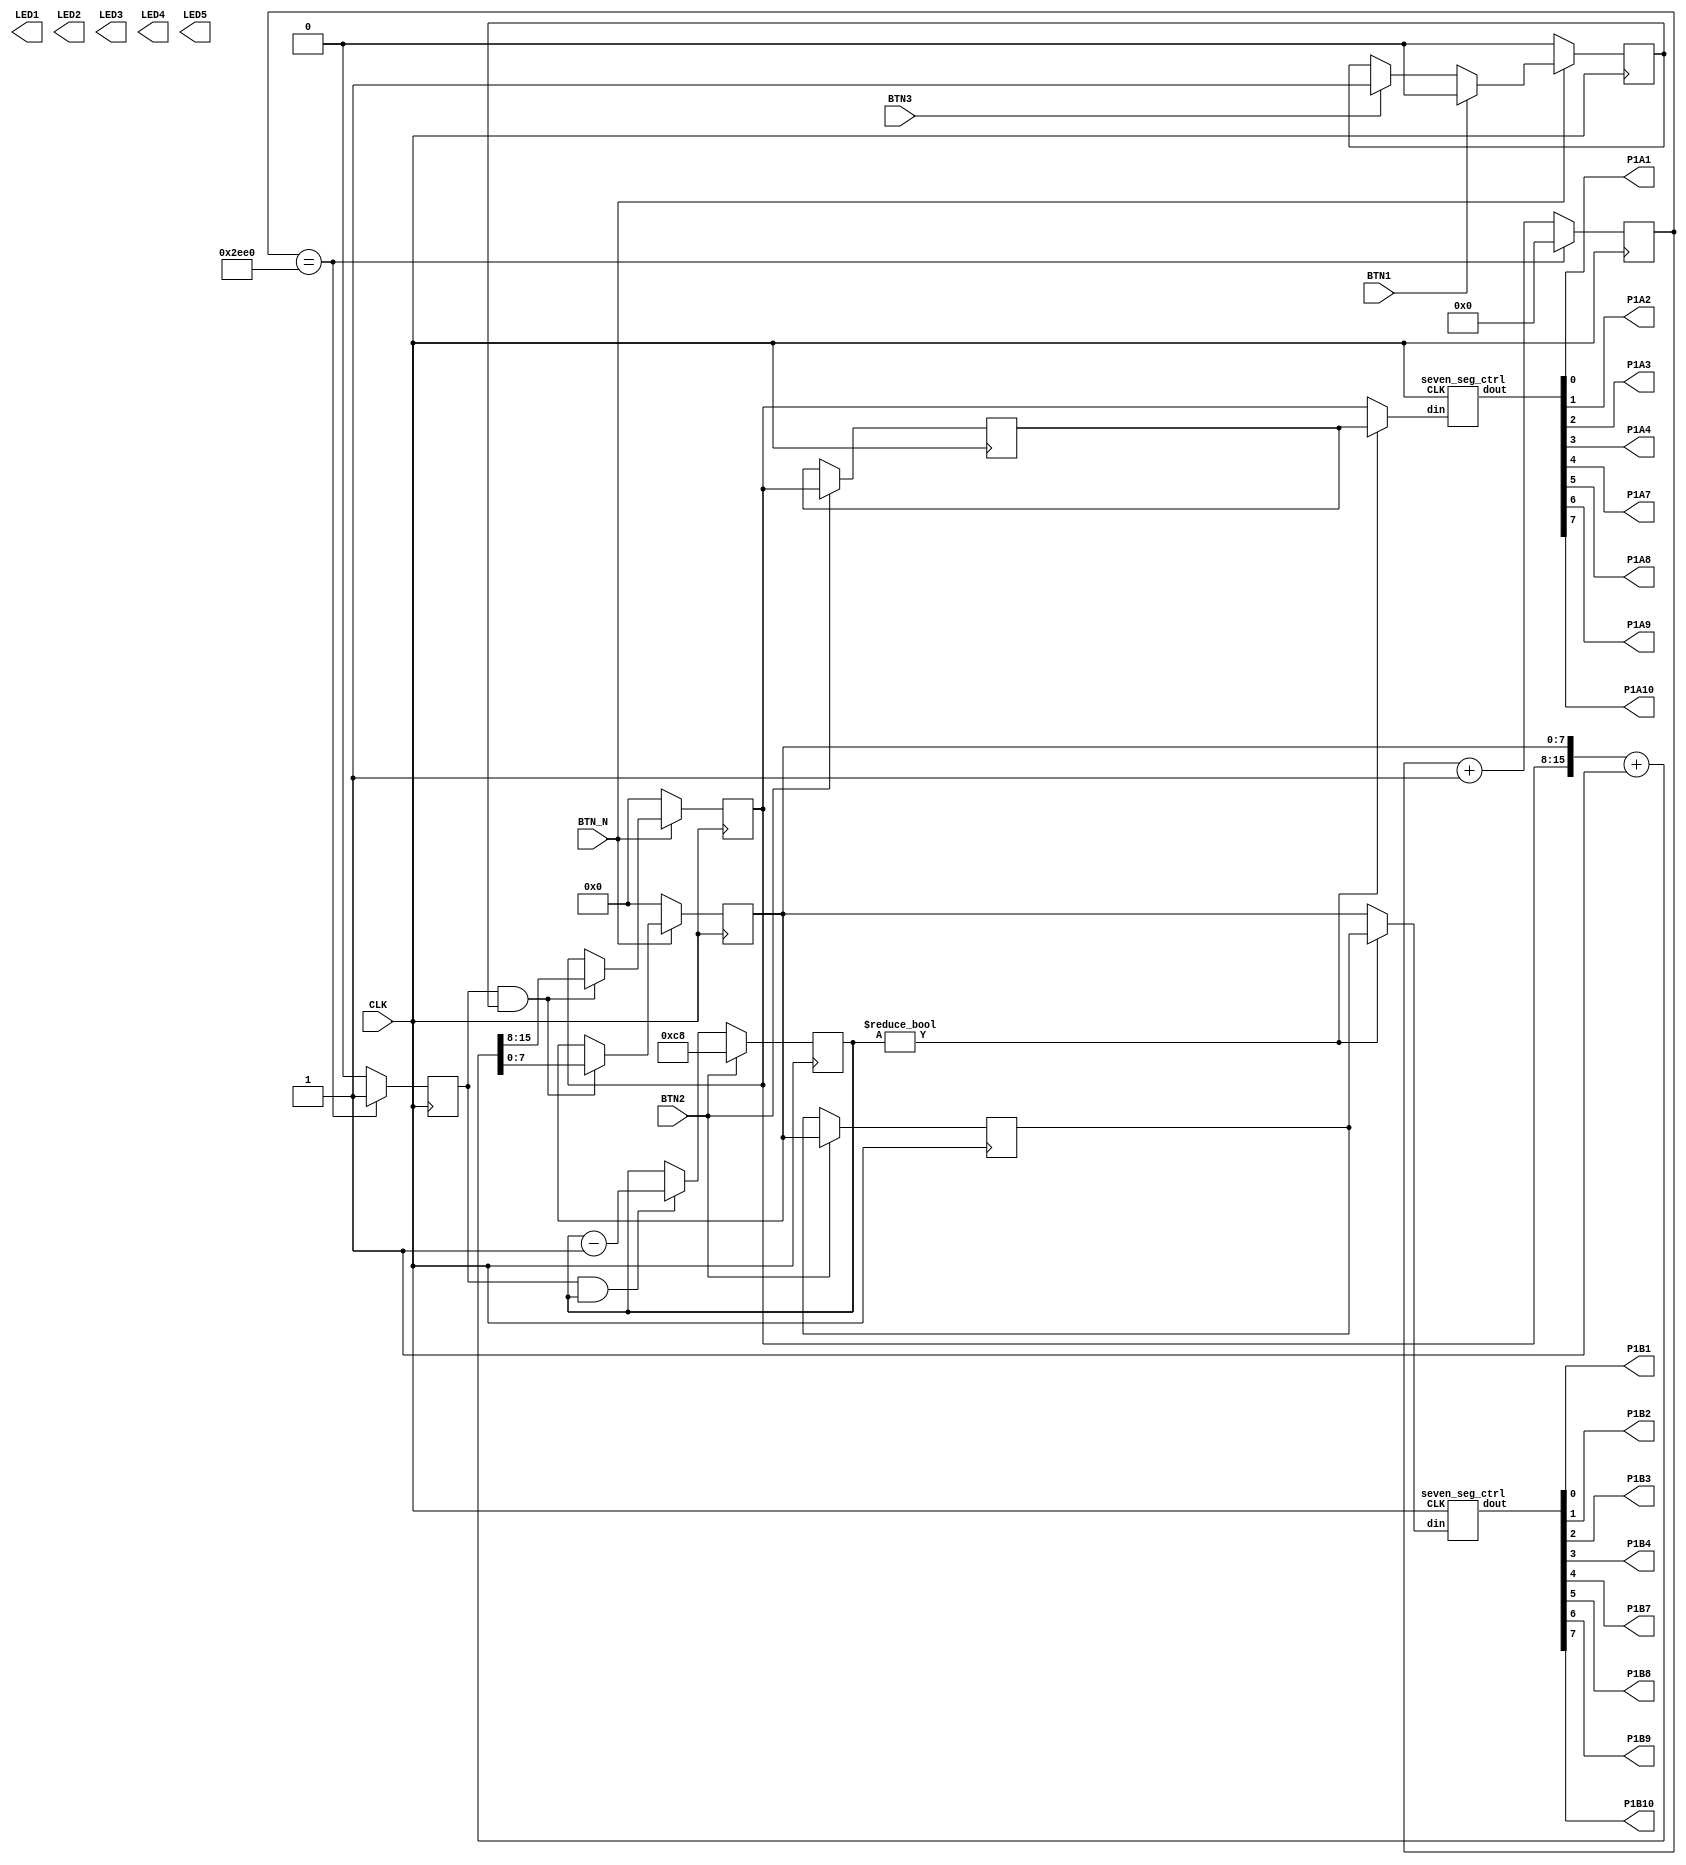
// Source: https://github.com/esden/WTFpga/blob/master/extras/stopwatch.v

module top (
	    input  CLK,
	    input BTN_N, BTN1, BTN2, BTN3,
	    output LED1, LED2, LED3, LED4, LED5,
	    output P1A1, P1A2, P1A3, P1A4, P1A7, P1A8, P1A9, P1A10,
	    output P1B1, P1B2, P1B3, P1B4, P1B7, P1B8, P1B9, P1B10
            );
  wire [7:0] ss_top, ss_bot;
  reg [7:0] disp_top = 0, disp_bot = 0;
  reg [7:0] lap_top = 0, lap_bot = 0;
  reg [7:0] lap_timeout = 0;

  wire [7:0] disp_top_inc, disp_bot_inc;

  assign { P1A10, P1A9, P1A8, P1A7, P1A4, P1A3, P1A2, P1A1 } = ss_top;
  assign { P1B10, P1B9, P1B8, P1B7, P1B4, P1B3, P1B2, P1B1 } = ss_bot;

  reg [20:0] clkdiv = 0;
  reg clkdiv_pulse = 0;

  reg running = 0;

  always @(posedge CLK) begin
    if (clkdiv == 12000) begin
      clkdiv <= 0;
      clkdiv_pulse <= 1;
    end else begin
      clkdiv <= clkdiv + 1;
      clkdiv_pulse <= 0;
    end

    if (clkdiv_pulse && running) begin
      {disp_top, disp_bot} <= {disp_top_inc, disp_bot_inc};
    end

    if (clkdiv_pulse && lap_timeout) begin
      lap_timeout <= lap_timeout - 1;
    end

    // left button: start
    if (BTN3) begin
      running <= 1;
    end

    // center button: lap
    if (BTN2) begin
      lap_top <= disp_top;
      lap_bot <= disp_bot;
      lap_timeout <= 200;
    end

    // right button: stop
    if (BTN1) begin
      running <= 0;
    end

    // reset
    if (!BTN_N) begin
      {disp_top, disp_bot} <= 0;
      running <= 0;
    end
  end

  seven_seg_ctrl ss_ctrl_top (
		              .CLK(CLK),
		              .din(lap_timeout ? lap_top : disp_top),
		              .dout(ss_top)
	                      );

  seven_seg_ctrl ss_ctrl_bot (
		              .CLK(CLK),
		              .din(lap_timeout ? lap_bot : disp_bot),
		              .dout(ss_bot)
	                      );

  assign {disp_top_inc, disp_bot_inc} = {disp_top, disp_bot} + 1;
  /*
   bcd16_increment bot_inc (
   .din({disp_top, disp_bot}),
   .dout({disp_top_inc, disp_bot_inc})
   );
   */
endmodule

module bcd16_increment (
	                input [15:0] din,
	                output reg [15:0] dout
                        );
  always @* begin
    case (1'b1)
      din[15:0] == 16'h 9999:
		 dout = 0;
      din[11:0] == 12'h 999:
		 dout = {din[15:12] + 4'd 1, 12'h 000};
      din[7:0] == 8'h 99:
		dout = {din[15:12], din[11:8] + 4'd 1, 8'h 00};
      din[3:0] == 4'h 9:
		dout = {din[15:8], din[7:4] + 4'd 1, 4'h 0};
      default:
	dout = {din[15:4], din[3:0] + 4'd 1};
    endcase
  end
endmodule

module seven_seg_ctrl (
	               input CLK,
	               input [7:0] din,
	               output reg [7:0] dout
                       );
  wire [6:0] lsb_digit;
  wire [6:0] msb_digit;

  seven_seg_hex msb_nibble (
		            .din(din[7:4]),
		            .dout(msb_digit)
	                    );

  seven_seg_hex lsb_nibble (
		            .din(din[3:0]),
		            .dout(lsb_digit)
	                    );

  reg [9:0] clkdiv = 0;
  reg clkdiv_pulse = 0;
  reg msb_not_lsb = 0;

  always @(posedge CLK) begin
    clkdiv <= clkdiv + 1;
    clkdiv_pulse <= &clkdiv;
    msb_not_lsb <= msb_not_lsb ^ clkdiv_pulse;

    if (clkdiv_pulse) begin
      if (msb_not_lsb) begin
	dout[6:0] <= ~msb_digit;
	dout[7] <= 0;
      end else begin
	dout[6:0] <= ~lsb_digit;
	dout[7] <= 1;
      end
    end
  end
endmodule

module seven_seg_hex (
	              input [3:0] din,
	              output reg [6:0] dout
                      );
  always @*
    case (din)
      4'h0: dout = 7'b 0111111;
      4'h1: dout = 7'b 0000110;
      4'h2: dout = 7'b 1011011;
      4'h3: dout = 7'b 1001111;
      4'h4: dout = 7'b 1100110;
      4'h5: dout = 7'b 1101101;
      4'h6: dout = 7'b 1111101;
      4'h7: dout = 7'b 0000111;
      4'h8: dout = 7'b 1111111;
      4'h9: dout = 7'b 1101111;
      4'hA: dout = 7'b 1110111;
      4'hB: dout = 7'b 1111100;
      4'hC: dout = 7'b 0111001;
      4'hD: dout = 7'b 1011110;
      4'hE: dout = 7'b 1111001;
      4'hF: dout = 7'b 1110001;
    endcase
endmodule